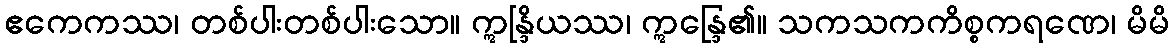
ဧကေကဿ၊ တစ်ပါးတစ်ပါးသော။ ဣန္ဒြိယဿ၊ ဣန္ဒြေ၏။ သကသကကိစ္စကရဏေ၊ မိမိ